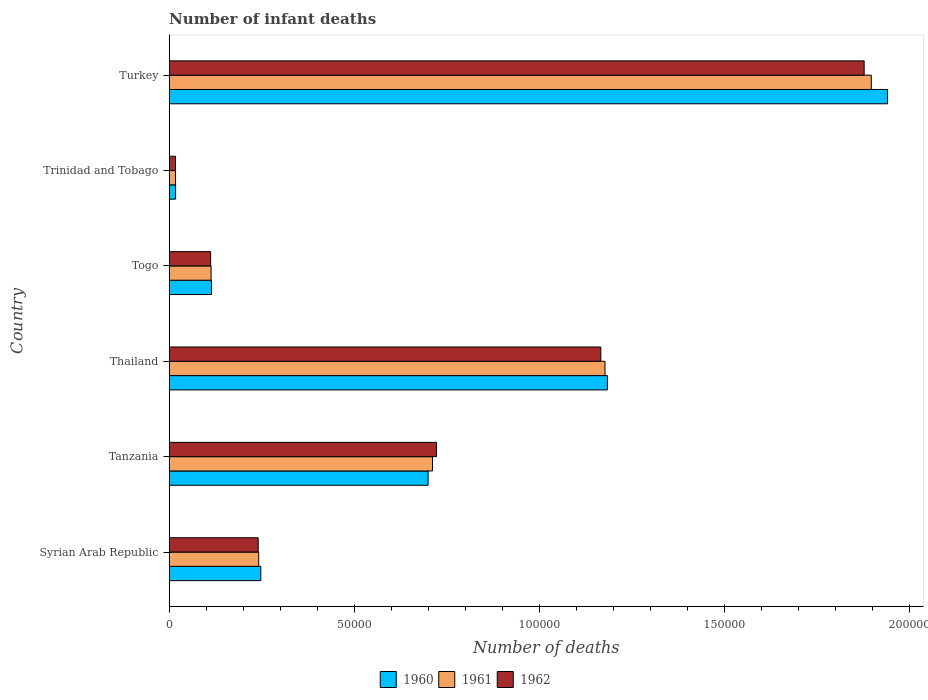
| Country | 1960 | 1961 | 1962 |
 | --- | --- | --- | --- |
 | Syrian Arab Republic | 2.47e+04 | 2.42e+04 | 2.4e+04 |
 | Tanzania | 6.99e+04 | 7.11e+04 | 7.22e+04 |
 | Thailand | 1.18e+05 | 1.18e+05 | 1.17e+05 |
 | Togo | 1.14e+04 | 1.13e+04 | 1.12e+04 |
 | Trinidad and Tobago | 1.73e+03 | 1.71e+03 | 1.7e+03 |
 | Turkey | 1.94e+05 | 1.9e+05 | 1.88e+05 |